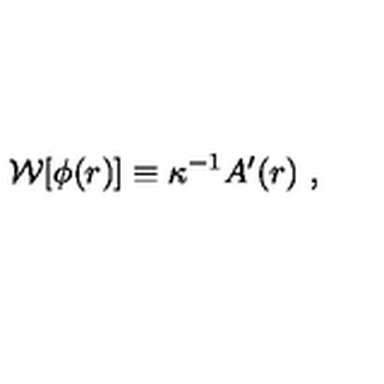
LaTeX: { \cal W } [ \phi ( r ) ] \equiv \kappa ^ { - 1 } A ^ { \prime } ( r ) \ ,